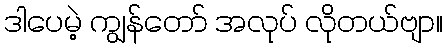
ဒါပေမဲ့ ကျွန်တော် အလုပ် လိုတယ်ဗျာ။